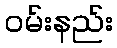
ဝမ်းနည်း